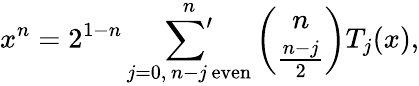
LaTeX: x^{n}=2^{1-n}\mathop{{\sum}^{\prime}}_{j=0,\, n-j\, \mathrm{even}}^{n}{\binom{n}{\frac{n-j}{2}}}T_{j}(x),